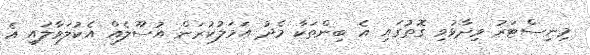
މިނިސްޓަރު ވިދާޅުވި ގޮތުގައި އެ ބިންތަކާ މެދު އަމަލުކުރަން އުސޫލެއް އެކުލަވާލައި އެ